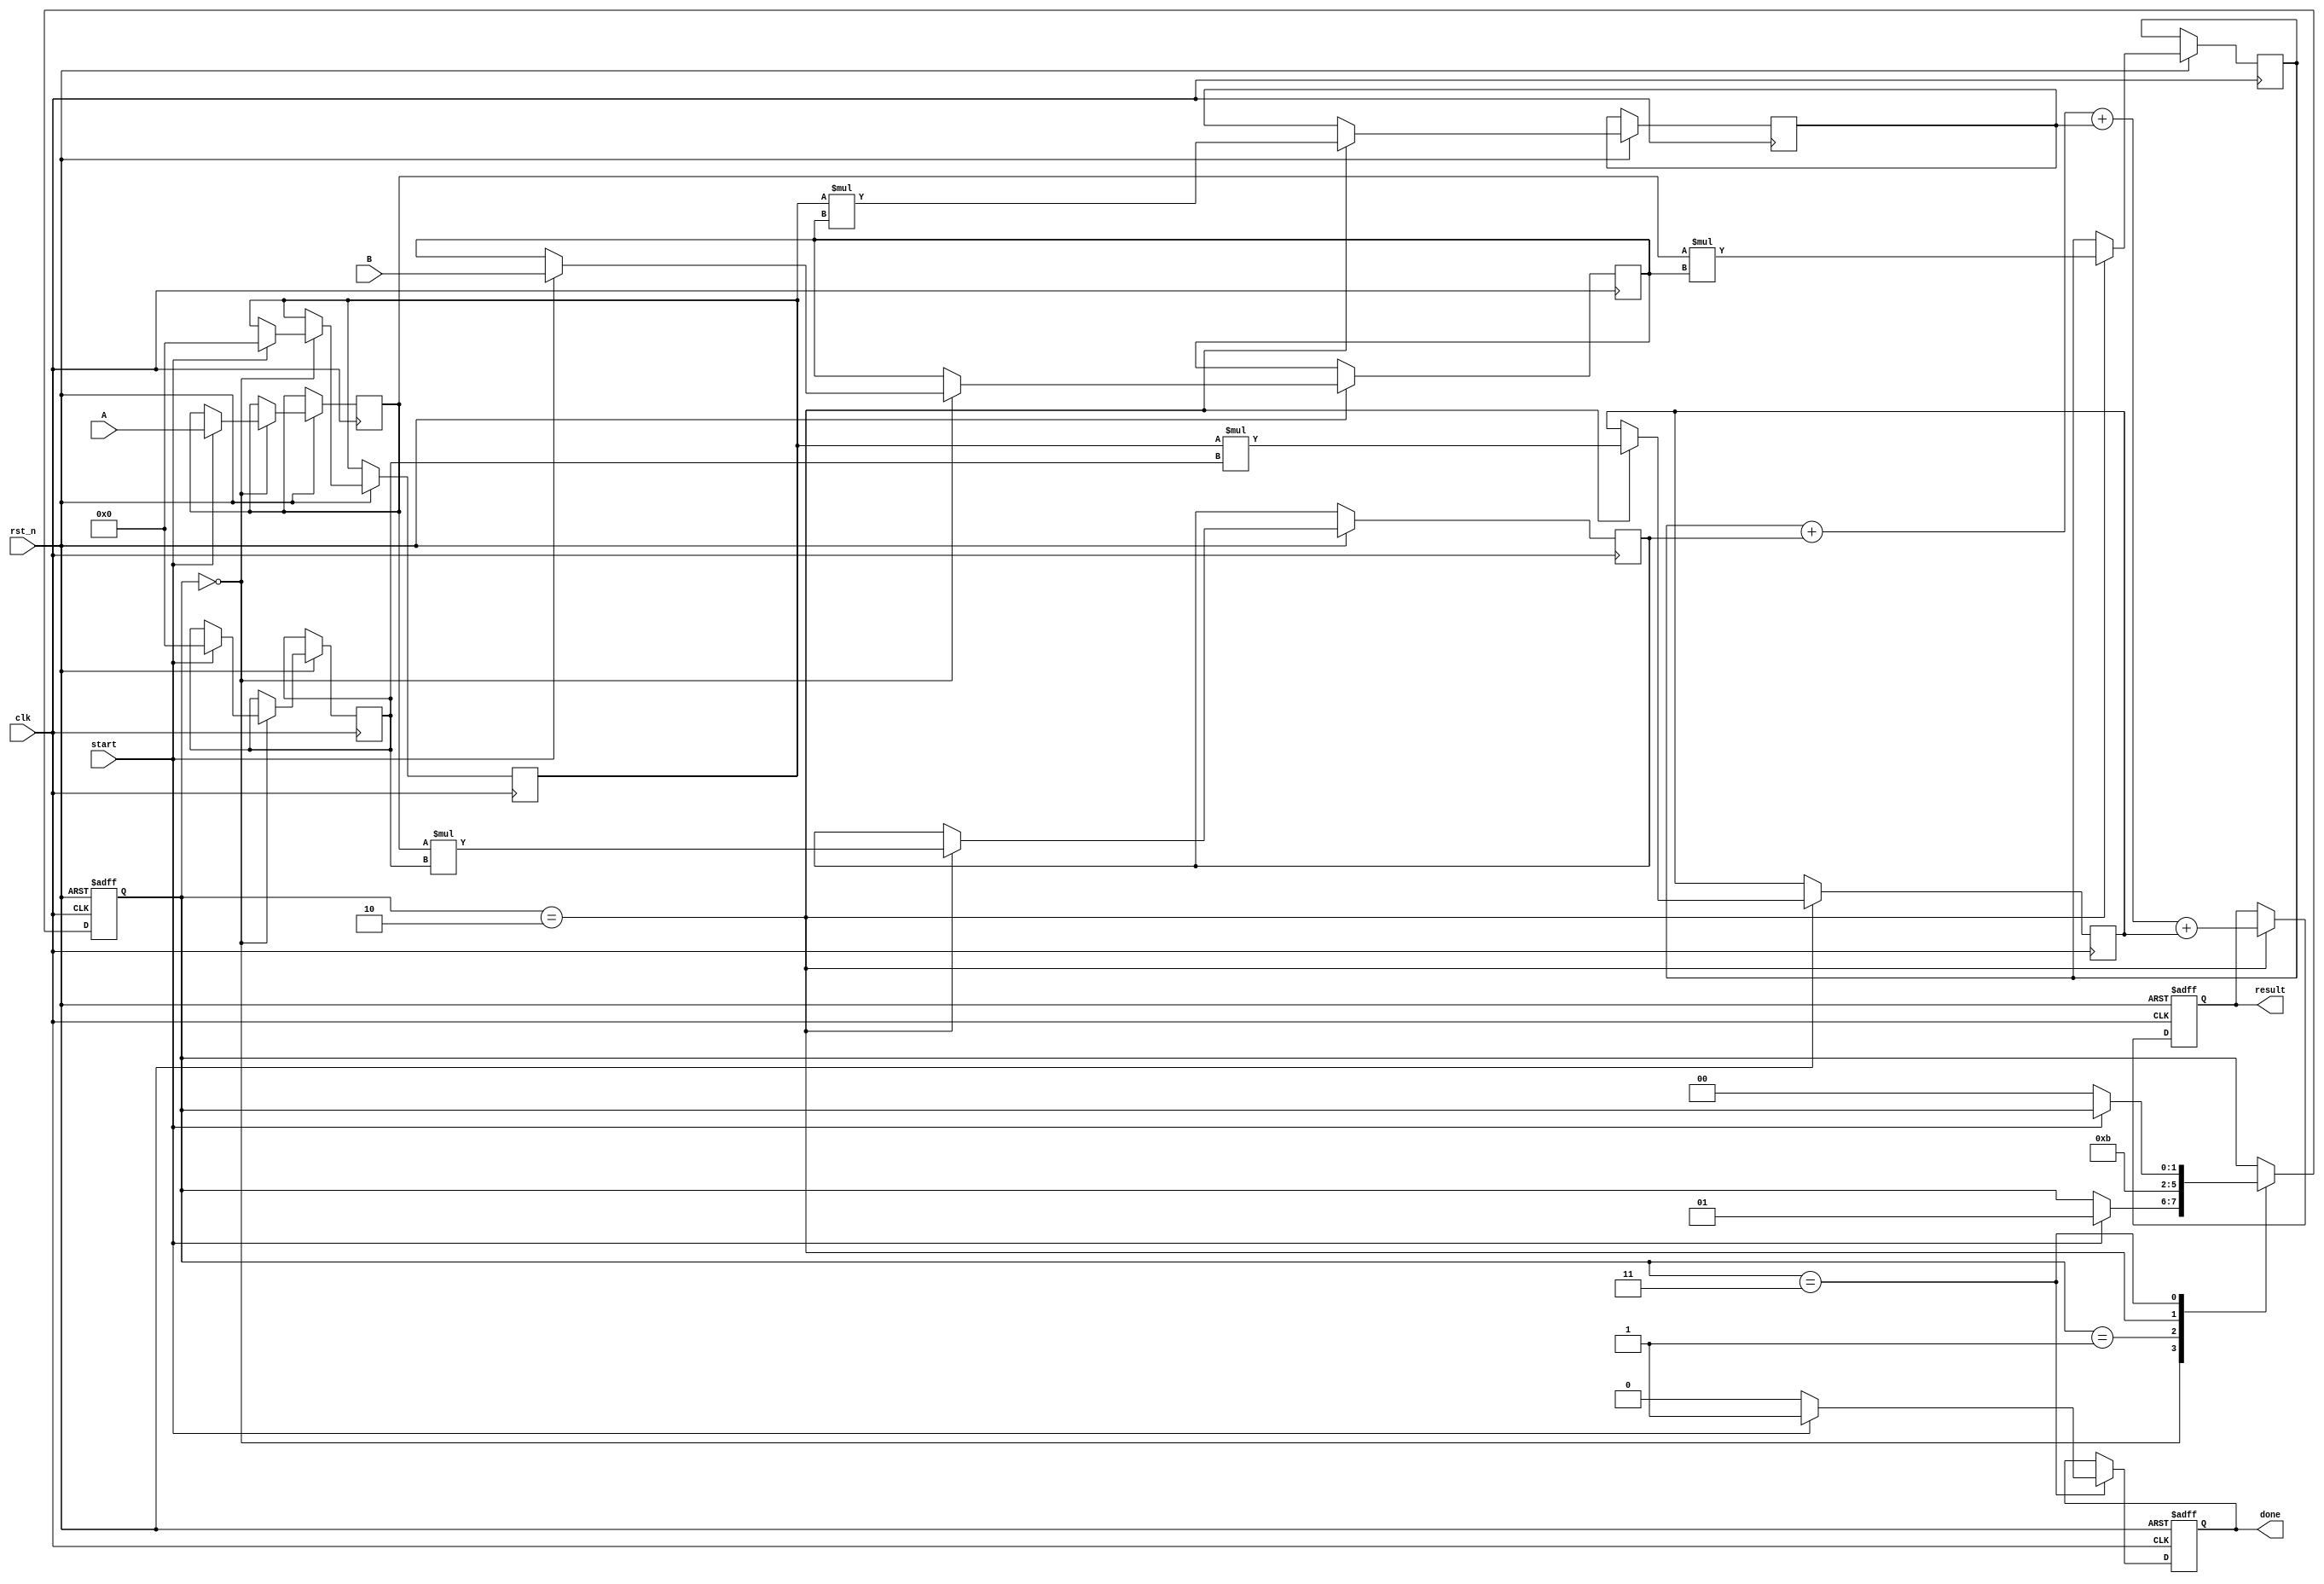
module systolic_multiplier #(
    parameter WIDTH = 8 // Bit-width of the inputs
)(
    input clk,
    input rst_n,
    input [WIDTH-1:0] A, // Multiplicand
    input [WIDTH-1:0] B, // Multiplier
    input start,
    output reg [2*WIDTH-1:0] result, // Result of the multiplication
    output reg done // Signal to indicate completion
);

    // Internal signals for PE array
    reg [WIDTH-1:0] a_reg [0:1]; // Registers for A inputs
    reg [WIDTH-1:0] b_reg [0:1]; // Registers for B inputs
    reg [2*WIDTH-1:0] p_reg [0:1][0:1]; // Product registers for PEs
    reg [1:0] state; // State for control logic

    // Control states
    localparam IDLE = 2'b00,
               LOAD = 2'b01,
               COMPUTE = 2'b10,
               DONE = 2'b11;

    // Sequential logic for state machine
    always @(posedge clk or negedge rst_n) begin
        if (!rst_n) begin
            state <= IDLE;
            result <= 0;
            done <= 0;
        end else begin
            case (state)
                IDLE: begin
                    if (start) begin
                        // Load inputs into registers
                        a_reg[0] <= A;
                        a_reg[1] <= 0; // Initialize for pipelining
                        b_reg[0] <= B;
                        b_reg[1] <= 0; // Initialize for pipelining
                        state <= LOAD;
                    end
                end
                LOAD: begin
                    // Start computing in the next clock cycle
                    state <= COMPUTE;
                end
                COMPUTE: begin
                    // PE[0][0]: Multiply A0 and B0
                    p_reg[0][0] <= a_reg[0] * b_reg[0];
                    
                    // PE[0][1]: Multiply A0 and B1
                    p_reg[0][1] <= a_reg[0] * b_reg[1];

                    // PE[1][0]: Multiply A1 and B0
                    p_reg[1][0] <= a_reg[1] * b_reg[0];

                    // PE[1][1]: Multiply A1 and B1
                    p_reg[1][1] <= a_reg[1] * b_reg[1];

                    // Accumulate results
                    result <= p_reg[0][0] + p_reg[0][1] + p_reg[1][0] + p_reg[1][1];

                    // Transition to DONE state
                    state <= DONE;
                end
                DONE: begin
                    done <= 1; // Indicate completion
                    if (!start) begin
                        state <= IDLE; // Reset state
                        done <= 0; // Reset done signal
                    end
                end
            endcase
        end
    end

endmodule